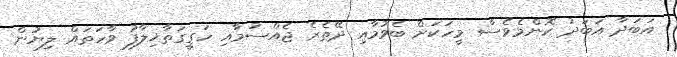
އަބަދާ އަބަދު ކޮންމެވެސް މީހަކަށް ބެވުމާއި ދޭތެރެ ޖެއްސުމާއި ހަގީގަތާޚިލާފު ވާހަތައް ލިޔުން